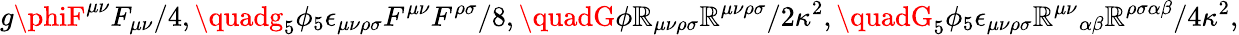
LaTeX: g\phiF^{\mu\nu}F_{\mu\nu}/4,\quadg_{5}\phi_{5}\epsilon_{\mu\nu\rho\sigma}F^{\mu\nu}F^{\rho\sigma}/8,\quadG\phi\mathbb{R}_{\mu\nu\rho\sigma}\mathbb{R}^{\mu\nu\rho\sigma}/2\kappa^{2},\quadG_{5}\phi_{5}\epsilon_{\mu\nu\rho\sigma}{\mathbb{R}^{\mu\nu}}_{\alpha\beta}\mathbb{R}^{\rho\sigma\alpha\beta}/4\kappa^{2},